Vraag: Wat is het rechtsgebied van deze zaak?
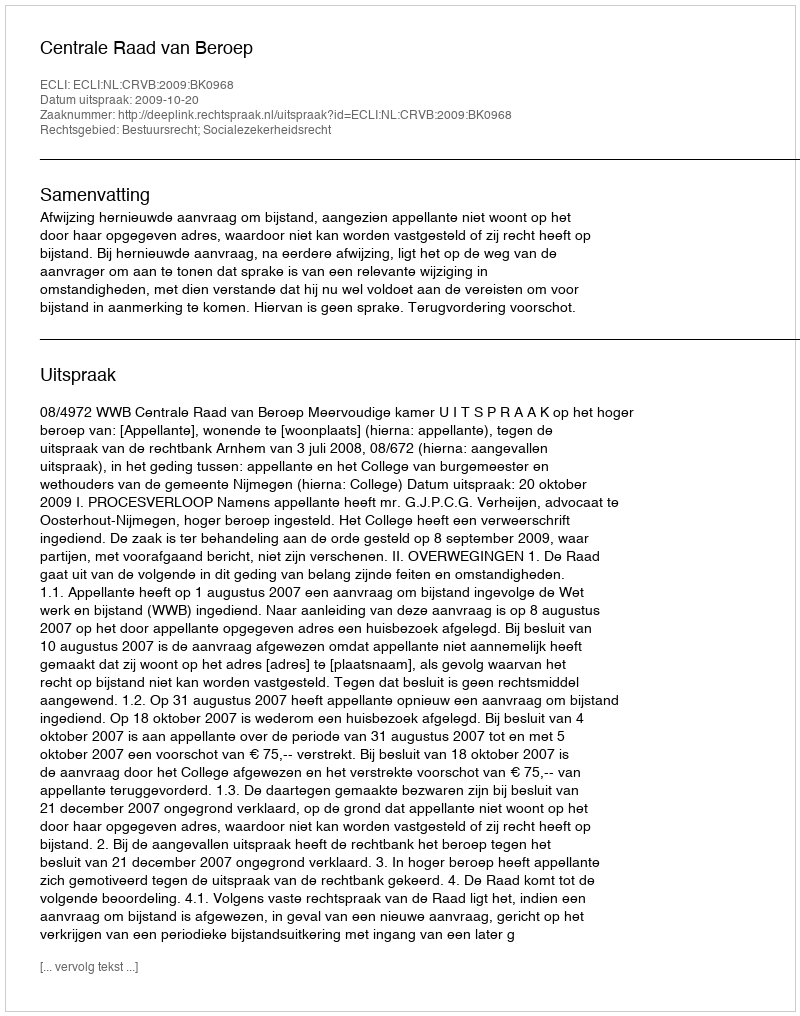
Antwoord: Bestuursrecht; Socialezekerheidsrecht